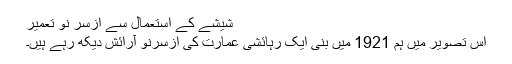
شیشے کے استعمال سے ازسرِ نو تعمیر
اس تصویر میں ہم 1921 میں بنی ایک رہائشی عمارت کی ازسرِنو آرائش دیکھ رہے ہیں۔